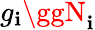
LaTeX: g_{\mathbf{i}}\ggN_{\mathbf{i}}